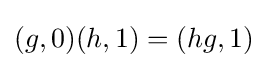
(g,0)(h,1)=(hg,1)